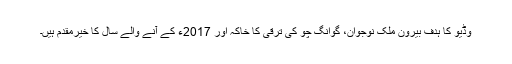
وڈيو کا ہدف بیرون ملک نوجوان، گوانگ چو کی ترقی کا خاکہ اور 2017ء کے آنے والے سال کا خیرمقدم ہیں۔